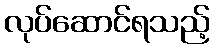
လုပ်ဆောင်ရသည့်